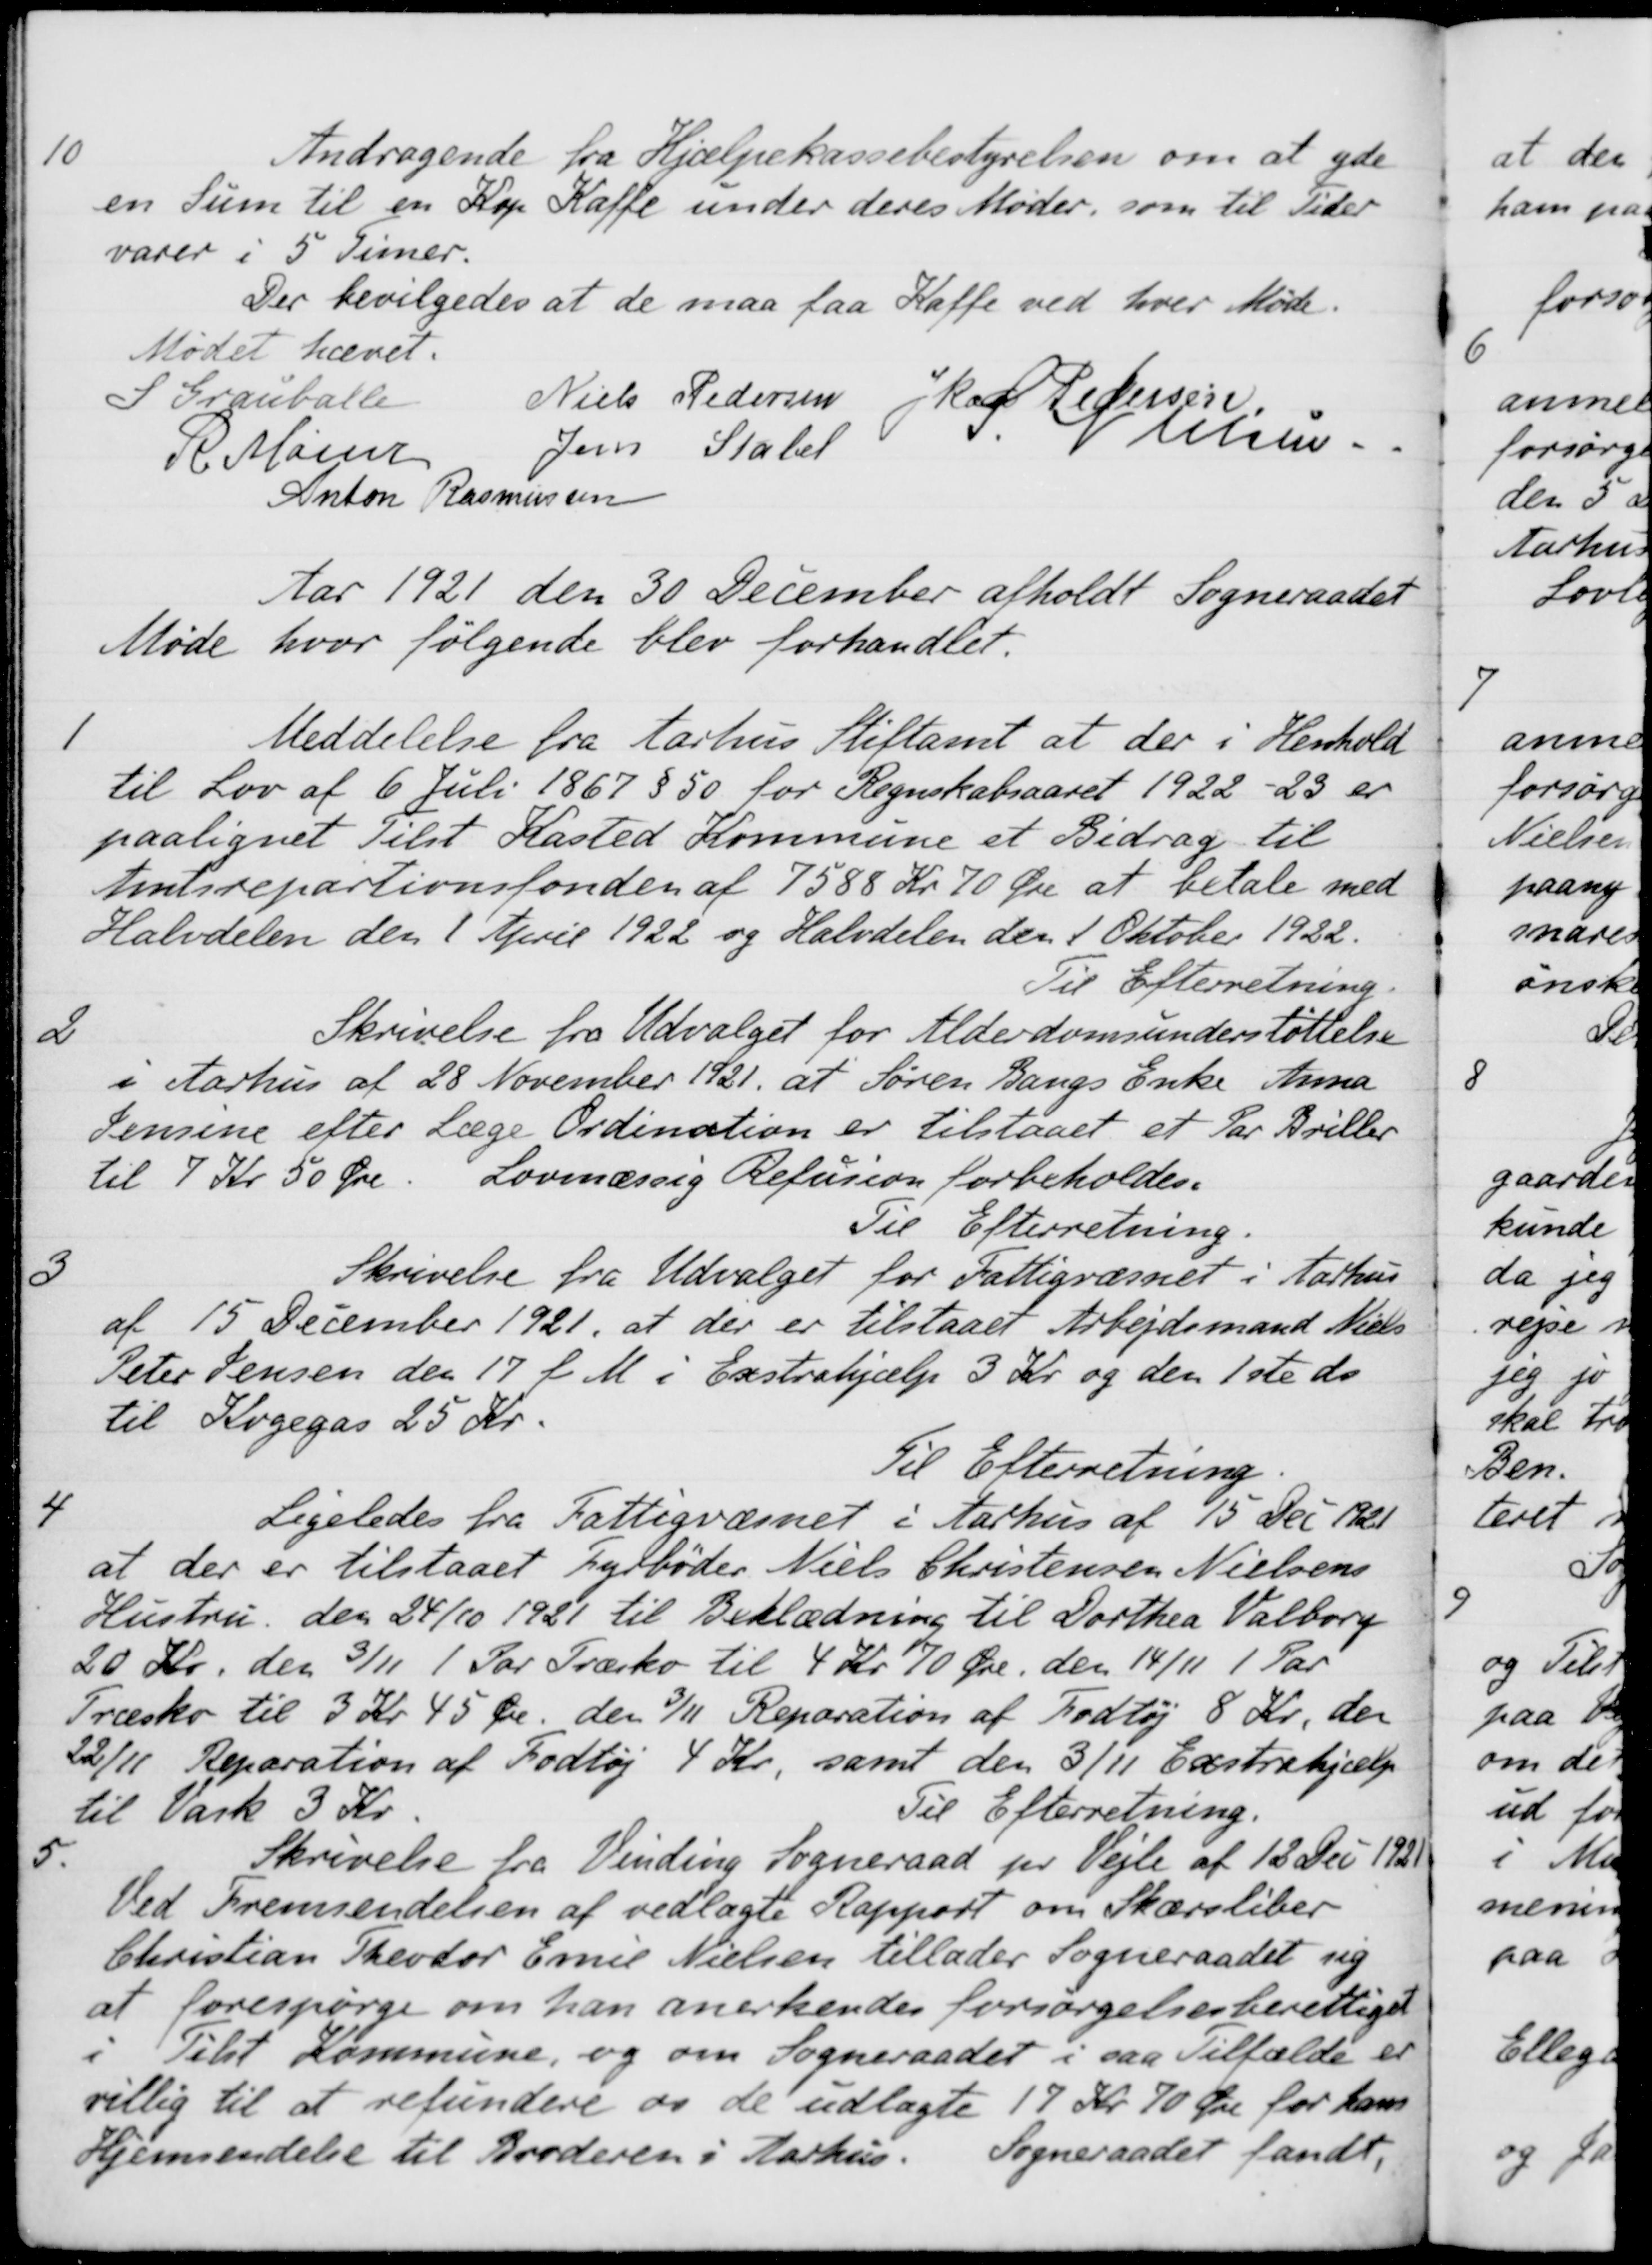
Transskription:
10
Andragende fra Hjælpekassebestyrelsen om at yde
en Sum til en Kop Kaffe under deres Møder, som til Peder
varer i 5 Timer.
Der bevilgedes at de maa faa Kaffe ved hver Møde.
Mødet hævet.
S Grauballe
Niels Pedersen
Kaj Pedersen
R Mainz
Jens Stabel
S. Nielsen.
Anton Rasmussen
Aar 1921 den 30 December afholdt Sogneraadet
Møde hvor følgende blev forhandlet.
1
Meddelelse fra Aarhus Stiftamt at der i Henhold
til Lov af 6 Juli 1867 § 50 for Regnskabsaaret 1922-23 er
paalignet Tilst Kasted Kommune et Bidrag til
Amtsrepartionsfonden af 7588 Kr 70 Øre at betale med
Halvdelen den 1 April 1922 og Halvdelen den 1 Oktober 1922.
Til Efterretning.
2
Skrivelse fra Udvalget for Alderdomsunderstøttelse
i Aarhus af 28 November 1921 at Søren Bangs Enke Anna
Jensene efter Læge Ordination er tilstaaet et Par Briller
til 7 Kr 50 Øre
Lovmæssig Refusion forbeholdes.
Til Efterretning.
3
Skrivelse fra Udvalget for Fattigvæsnet i Aarhus
af 15 December 1921, at der er tilstaaet Arbejdsmand Niels
Peter Jensen den 17 f. M. i Exstrahjælp 3 Kr. og den 1ste ds
til Kogegas 25 Kr.
Til Efterretning
4
Ligeledes fra Fattigvæsnet i Aarhus af 15 Dec 1921
at der er tilstaaet Fyrbøder Niels Christensen Nielsens
Hustru den 24/10 1921 til Beklædning til Dorthea Valborg
20 Kr. den 3/11 1 Par Træsko til 4 Kr. 70 Øre, den 14/11 1 Par
Træsko til 3 Kr 45 Øre den 3/11 Reparation af Fodtøj 8 Kr., den
22/11 Reparation af Fodtøj 4 Kr, samt den 3/11 Exstrahjælp
til Vask 3 Kr
Til Efterretning.
5.
Skrivelse fra Vinding Sogneraad pr Vejle af 12 Dec 1921
Ved Fremsendelsen af vedlagte Rapport om Skærsliber
Christian Theodor Emil Nielsen tillader Sogneraadet sig
at forespørge om han anerkendes forsørgelsesberettiget
i Tilst Kommune, og om Sogneraadet i saa Tilfælde er
villig til at refundere os de udlagte 17 Kr. 70 Øre for hans
Hjemsendelse til Broderen i Aarhus.
Sogneraadet fandt